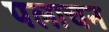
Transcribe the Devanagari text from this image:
पलाचन